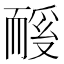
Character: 𬚏